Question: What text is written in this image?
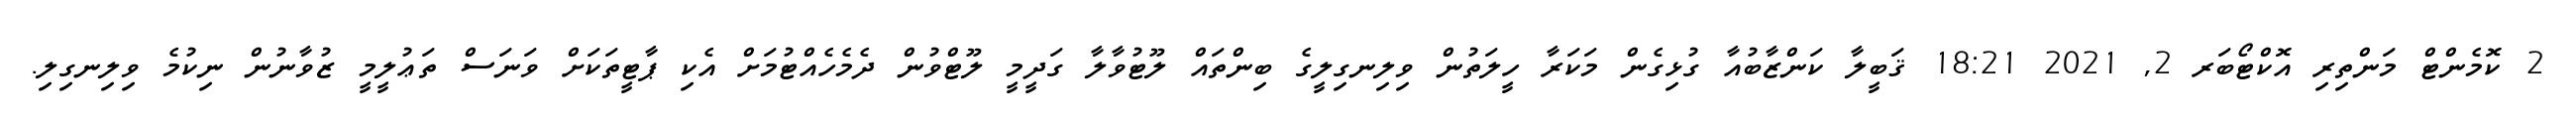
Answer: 2 ކޮމެންޓް މަންތިރި އޮކްޓޯބަރ 2, 2021 18:21 ޤަބީލާ ކަންޒާބުއާ ގުޅިގެން މަކަރާ ހީލަތުން ވިލިނގިލީގެ ބިންތައް ލޫޓުވާލާ ގަދީމީ ލޫޓްވުން ދެމެހެއްޓުމަށް އެކި ޕާޓީތަކަށް ވަނަސް ތަޢުލީމީ ޒުވާނުން ނިކުމެ ވިލިނގިލި.